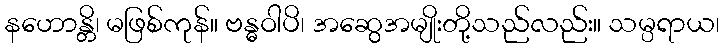
နဟောန္တိ၊ မဖြစ်ကုန်။ ဗန္ဓဝါပိ၊ အဆွေအမျိုးတို့သည်လည်း။ သမ္ပရာယ၊